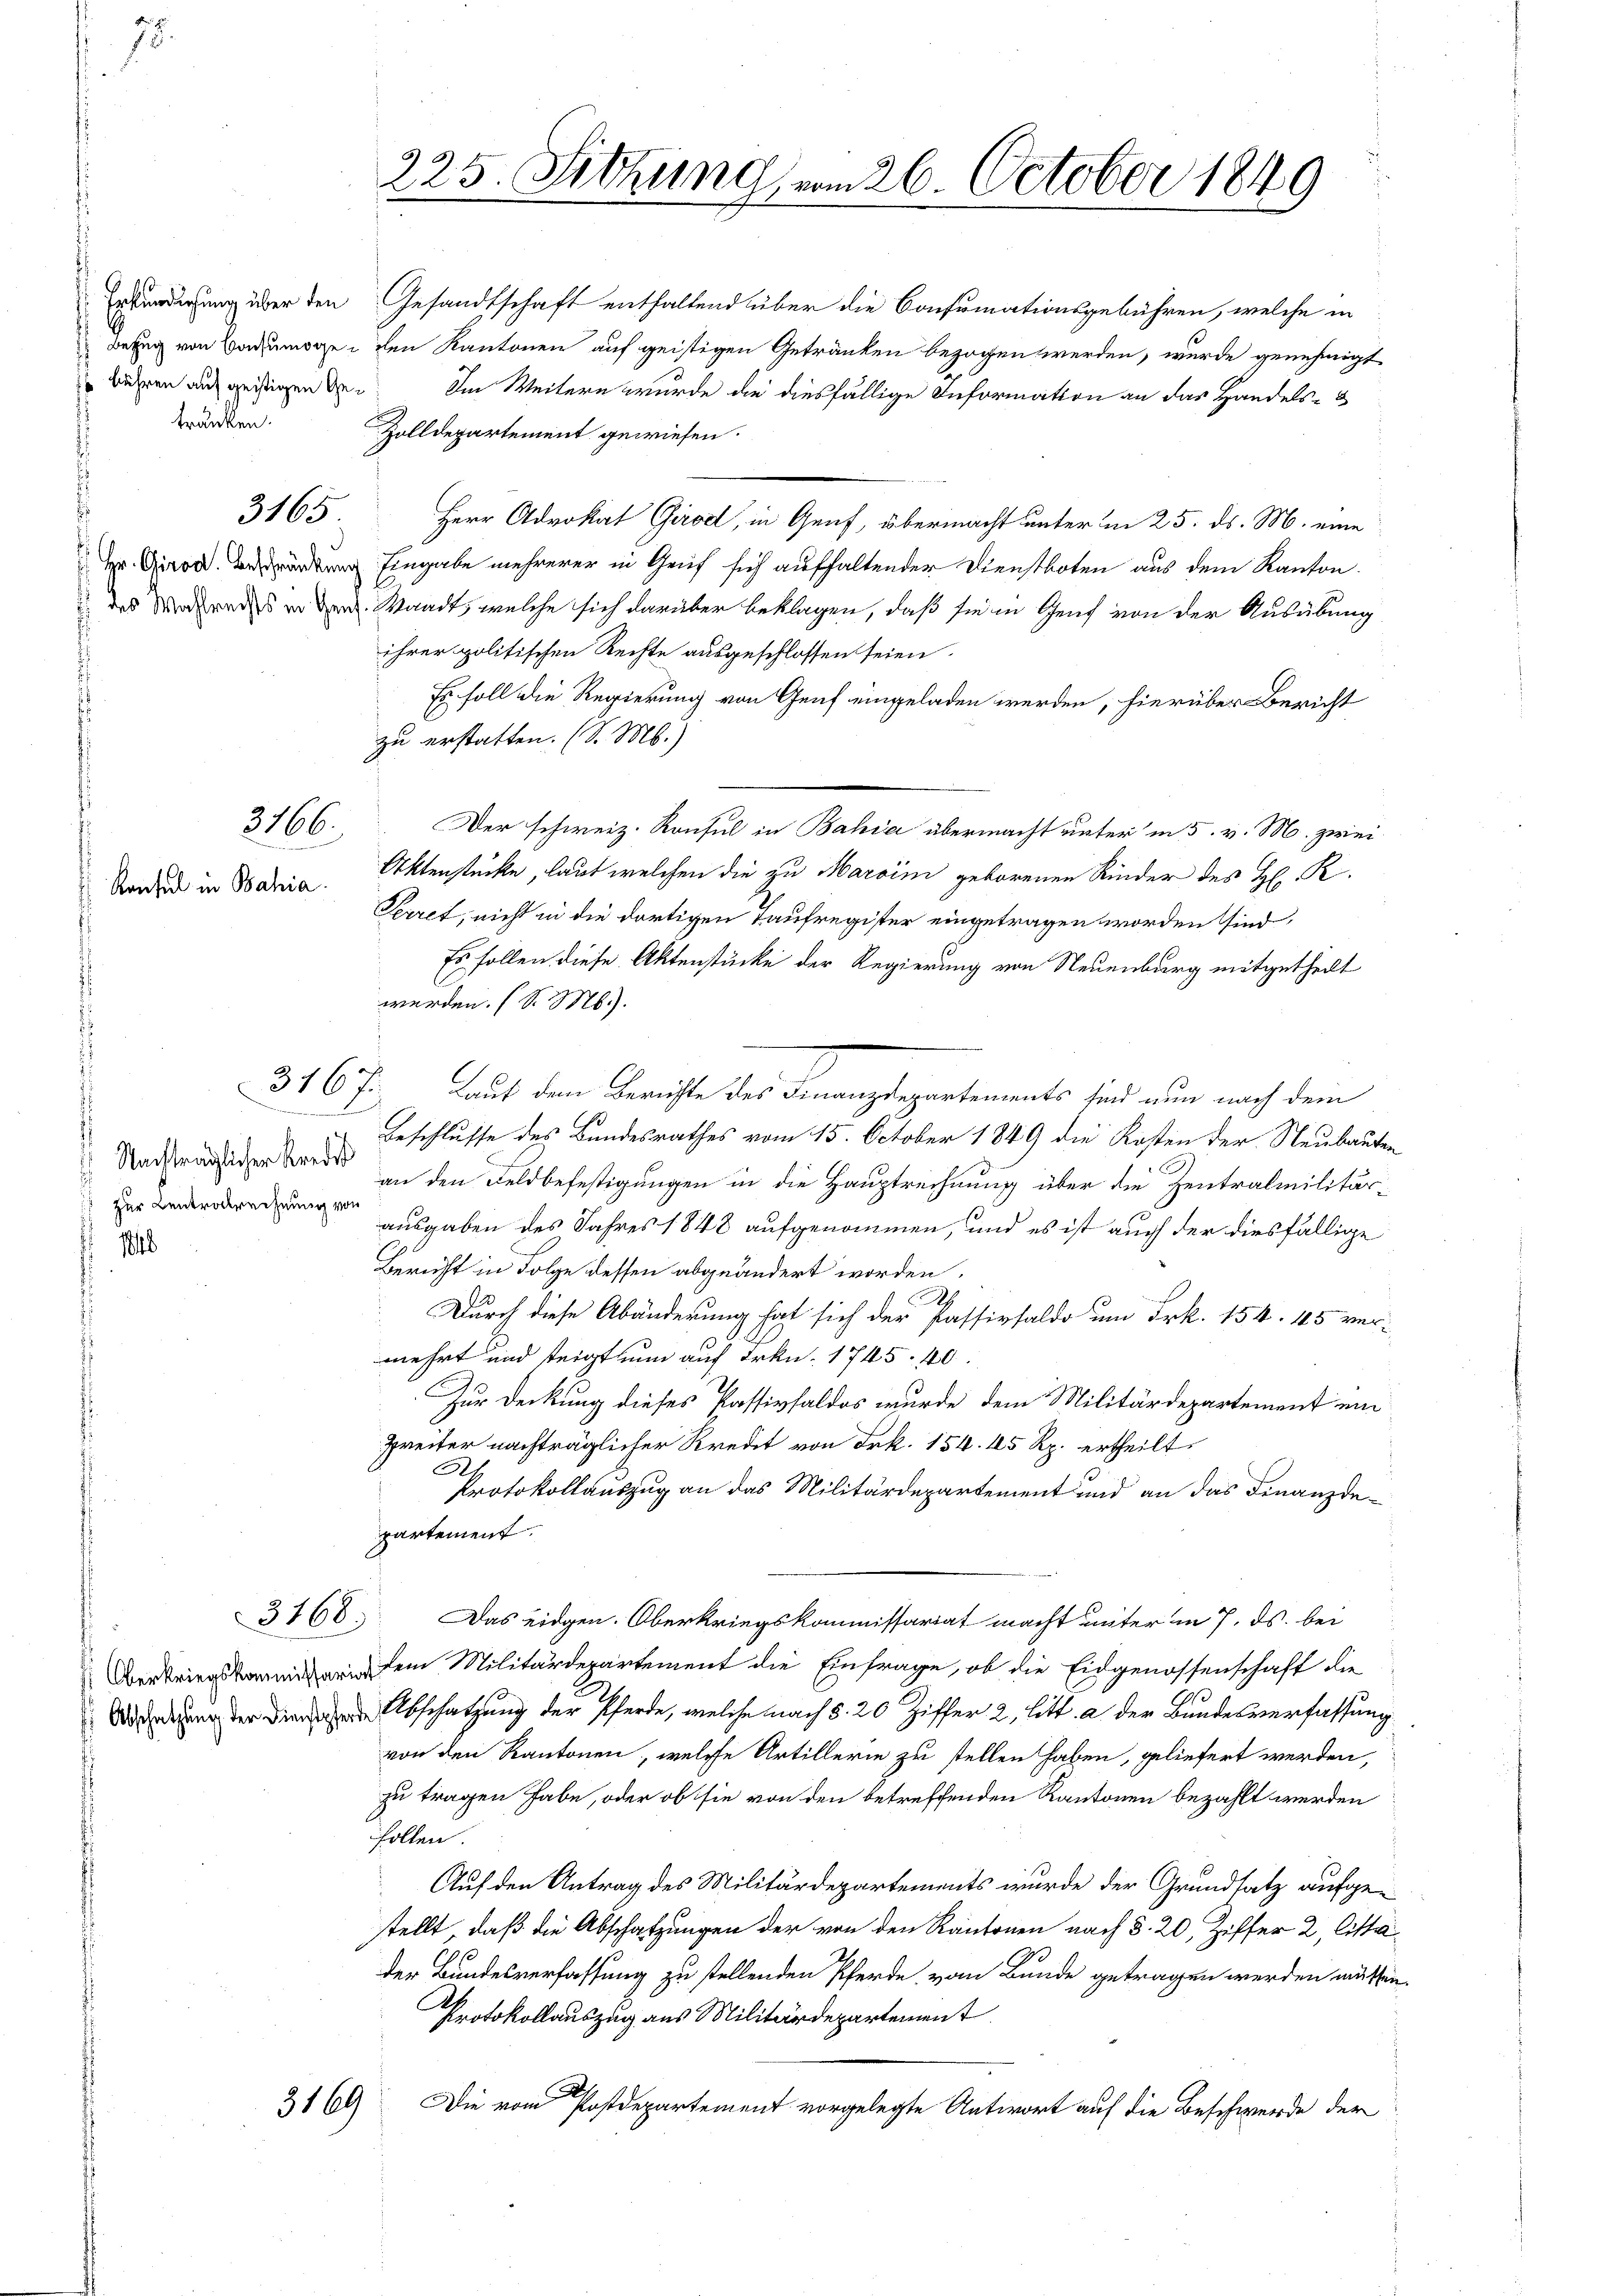
75.

6 bähren auf geistigen Getränken.

3166
 Konsul in Bahia

3165

3167
.

Nachträglicher Kredit
1 zur Centralrechnung von
1840

3168.

Erkündigung über den Gesandtschaft enthaltend über die Consumationsgebühren, welche in
Bezug von Baumöge den Kantonen auf geistigen Getränken bezogen werden, wurde genehmigt
Im Weitern wurde die diesfällige Information an das Handels- &
Zolldepartement gewiesen.
Herr Advokat Girod, in Genf, übermacht unter in 25. ds. M. eine
tng Eingabe mehrerer in Gruf sich aufhaltender Dienstboten aus dem Kanton
das Vertrags von den Waadt, welche sich darüber beklagen, daß sie in Genf von der Ausübung
ihrer politischen Rechte ausgeschlossen seien.
Es soll die Regierung von Genf eingeladen werden, hierüber Bericht
zu erstatten. (S. Ms.)
Der schweiz. Konsul in Bahia übermacht unter in 5. v. M. zwei¬
Aktenstücke, laut welchen die zu Marcim geborenen Rinder des H. R.
Serret, nicht in die dortigen Taufregister eingetragen worden sind,
Es sollen diese Aktenstücke der Regierung von Neuenburg mitgetheilt
werden. (S. M.).
Laut dem Berichte des Finanzdepartements sind nun nach dem
Beschlusse des Bundesrathes vom 15. October 1849 die Kosten der Neubauten
an den Feldbefestigungen in die Hauptrechnung über die Zentralmilitärausgaben des Jahres 1848 aufgenommen, und es ist auch der diesfällige
Bericht in Folge dessen abgeändert worden,
A
Durch diese Abänderung hat sich der Passivsaldo um Frk. 154. 45 ver-
mehrt und Teigthum auf Frkn. 1745. 40.
Zur Deckung dieses Passivsaldos wurde dem Militärdepartement ein
Freiter nachträglicher Kredit von Frk. 154. 45 Rp. ertheilt.
A
Protokollauszug an das Militärdepartement und an das Finanzdepartement.
Das eidgen. Oberkriegskommissariat macht unter in 7. ds. bei
 dem Militärdepartement die Einfrage, ob die Eidgenossenschaft die
Vorderung der dienen Abschatzung der Pferde, welche nach §. 20 Ziffer 2, litt. a der Bundesverfassung
von den Kantonen, welche Artillerie zu stellen haben, geliefert werden,
zu tragen habe, oder ob sie von den betreffenden Kantonen bezahlt werden
follen.
Auf den Antrag des Militärdepartements wurde der Grundsatz aufgestellt, daß die Abschatzungen der von den Kantonen nach §. 20, Ziffer 2, Cistader Bundesverfassung zu stellenden Pferde vom Bunde getragen werden müssen.
Protokollauszug aus Militärdepartement
A
3169
Die vom Postdepartement vorgelegte Antwort auf die Beschwerde der

225. Sitzung vom 26. October 1849